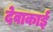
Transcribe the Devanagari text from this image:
देवाकाई